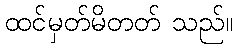
ထင်မှတ်မိတတ် သည်။